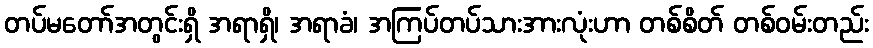
တပ်မတော်အတွင်းရှိ အရာရှိ၊ အရာခံ၊ အကြပ်တပ်သားအားလုံးဟာ တစ်စိတ် တစ်ဝမ်းတည်း